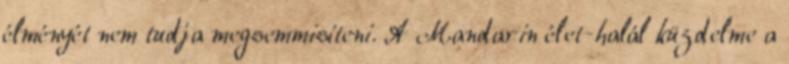
élményét nem tudja megsemmisíteni. A Mandarin élet-halál küzdelme a